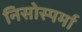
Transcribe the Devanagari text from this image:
निसोस्पर्मा